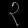
Digit: ၃